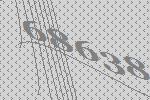
68638